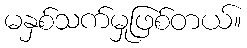
မနှစ်သက်မှုဖြစ်တယ်။